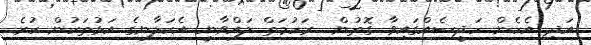
އަދި އެހެން ހަދީސެއްގައިވާ ގޮތުން  ރަހުމަތް ލައްވާނީ އެކަލާނގެ އަޅުތަކުން ކުރެ